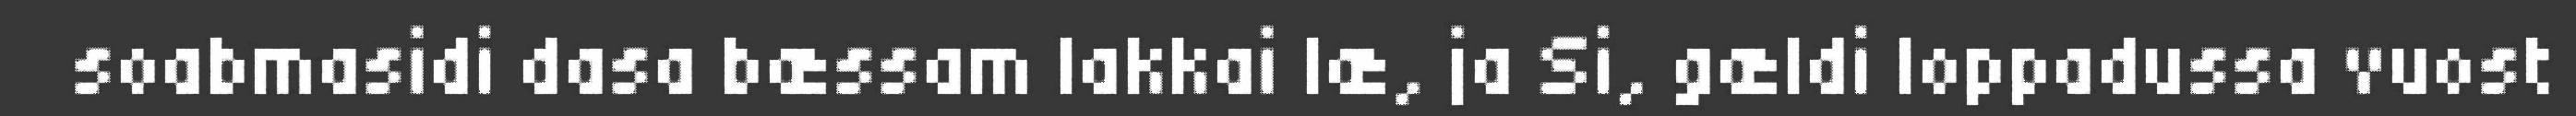
soabmasidi dasa bæssam lakkai læ, ja Si, gældi loppadussa vuost